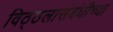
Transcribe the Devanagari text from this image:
विठ्ठलासंबंधीच्या